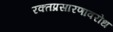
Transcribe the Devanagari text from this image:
रक्तप्रसारणावरोध